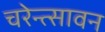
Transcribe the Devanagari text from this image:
चरेन्त्सावन